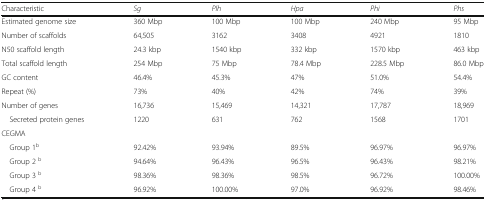
<table><thead><tr><td><b>Characteristic</b></td><td><b><i>Sg</i></b></td><td><b><i>Plh</i></b></td><td><b><i>Hpa</i></b></td><td><b><i>Phi</i></b></td><td><b><i>Phs</i></b></td></tr></thead><tbody><tr><td>Estimated genome size</td><td>360 Mbp</td><td>100 Mbp</td><td>100 Mbp</td><td>240 Mbp</td><td>95 Mbp</td></tr><tr><td>Number of scaffolds</td><td>64,505</td><td>3162</td><td>3408</td><td>4921</td><td>1810</td></tr><tr><td>N50 scaffold length</td><td>24.3 kbp</td><td>1540 kbp</td><td>332 kbp</td><td>1570 kbp</td><td>463 kbp</td></tr><tr><td>Total scaffold length</td><td>254 Mbp</td><td>75 Mbp</td><td>78.4 Mbp</td><td>228.5 Mbp</td><td>86.0 Mbp</td></tr><tr><td>GC content</td><td>46.4%</td><td>45.3%</td><td>47%</td><td>51.0%</td><td>54.4%</td></tr><tr><td>Repeat (%)</td><td>73%</td><td>40%</td><td>42%</td><td>74%</td><td>39%</td></tr><tr><td>Number of genes</td><td>16,736</td><td>15,469</td><td>14,321</td><td>17,787</td><td>18,969</td></tr><tr><td> Secreted protein genes</td><td>1220</td><td>631</td><td>762</td><td>1568</td><td>1701</td></tr><tr><td colspan="6">CEGMA</td></tr><tr><td> Group 1<sup>b</sup></td><td>92.42%</td><td>93.94%</td><td>89.5%</td><td>96.97%</td><td>96.97%</td></tr><tr><td> Group 2 <sup>b</sup></td><td>94.64%</td><td>96.43%</td><td>96.5%</td><td>96.43%</td><td>98.21%</td></tr><tr><td> Group 3 <sup>b</sup></td><td>98.36%</td><td>98.36%</td><td>98.5%</td><td>96.72%</td><td>100.00%</td></tr><tr><td> Group 4 <sup>b</sup></td><td>96.92%</td><td>100.00%</td><td>97.0%</td><td>96.92%</td><td>98.46%</td></tr></tbody></table>